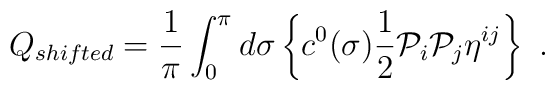
Q_{shifted}=\frac{1}{\pi}    \int_0^{\pi}d\sigma\left\{ c^0(\sigma)    \frac{1}{2}    \mathcal{P}_i\mathcal{P}_j\eta^{ij}    \right\}      \ .